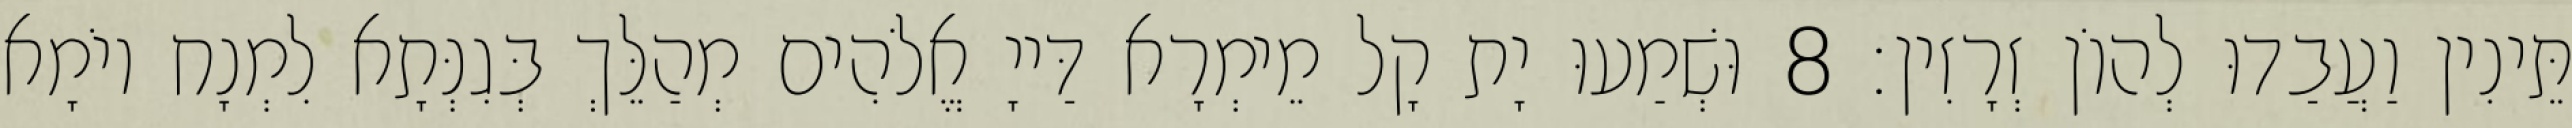
תֵּינִין וַעֲבַדוּ לְהוֹן זְרָזִין׃ 8 וּשְׁמַעוּ יָת קָל מֵימְרָא דַּייָ אֱלֹהִים מְהַלֵּךְ בְּגִנְּתָא לִמְנָח יוֹמָא